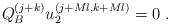
LaTeX: \begin{align*}Q^{(j+k)}_{B} u^{(j+Ml,k+Ml)}_{2} =0 \,\,.\end{align*}